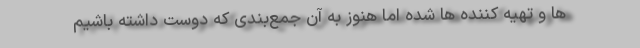
ها و تهیه کننده ها شده اما هنوز به آن جمع‌بندی که دوست داشته باشیم